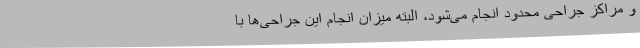
و مراکز جراحی محدود انجام می‌شود، البته میزان انجام این جراحی‌ها با